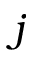
j